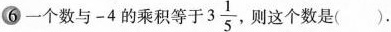
⑥一个数与-4的乘积等于3\frac{1}{5},则这个数是（）.